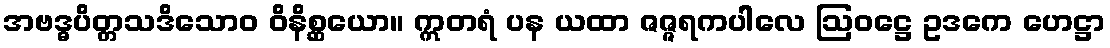
အဗဒ္ဓပိတ္တသဒိသောဝ ဝိနိစ္ဆယော။ ဣတရံ ပန ယထာ ဇဇ္ဇရကပါလေ ဩဝဋ္ဌေ ဥဒကေ ဟေဋ္ဌာ